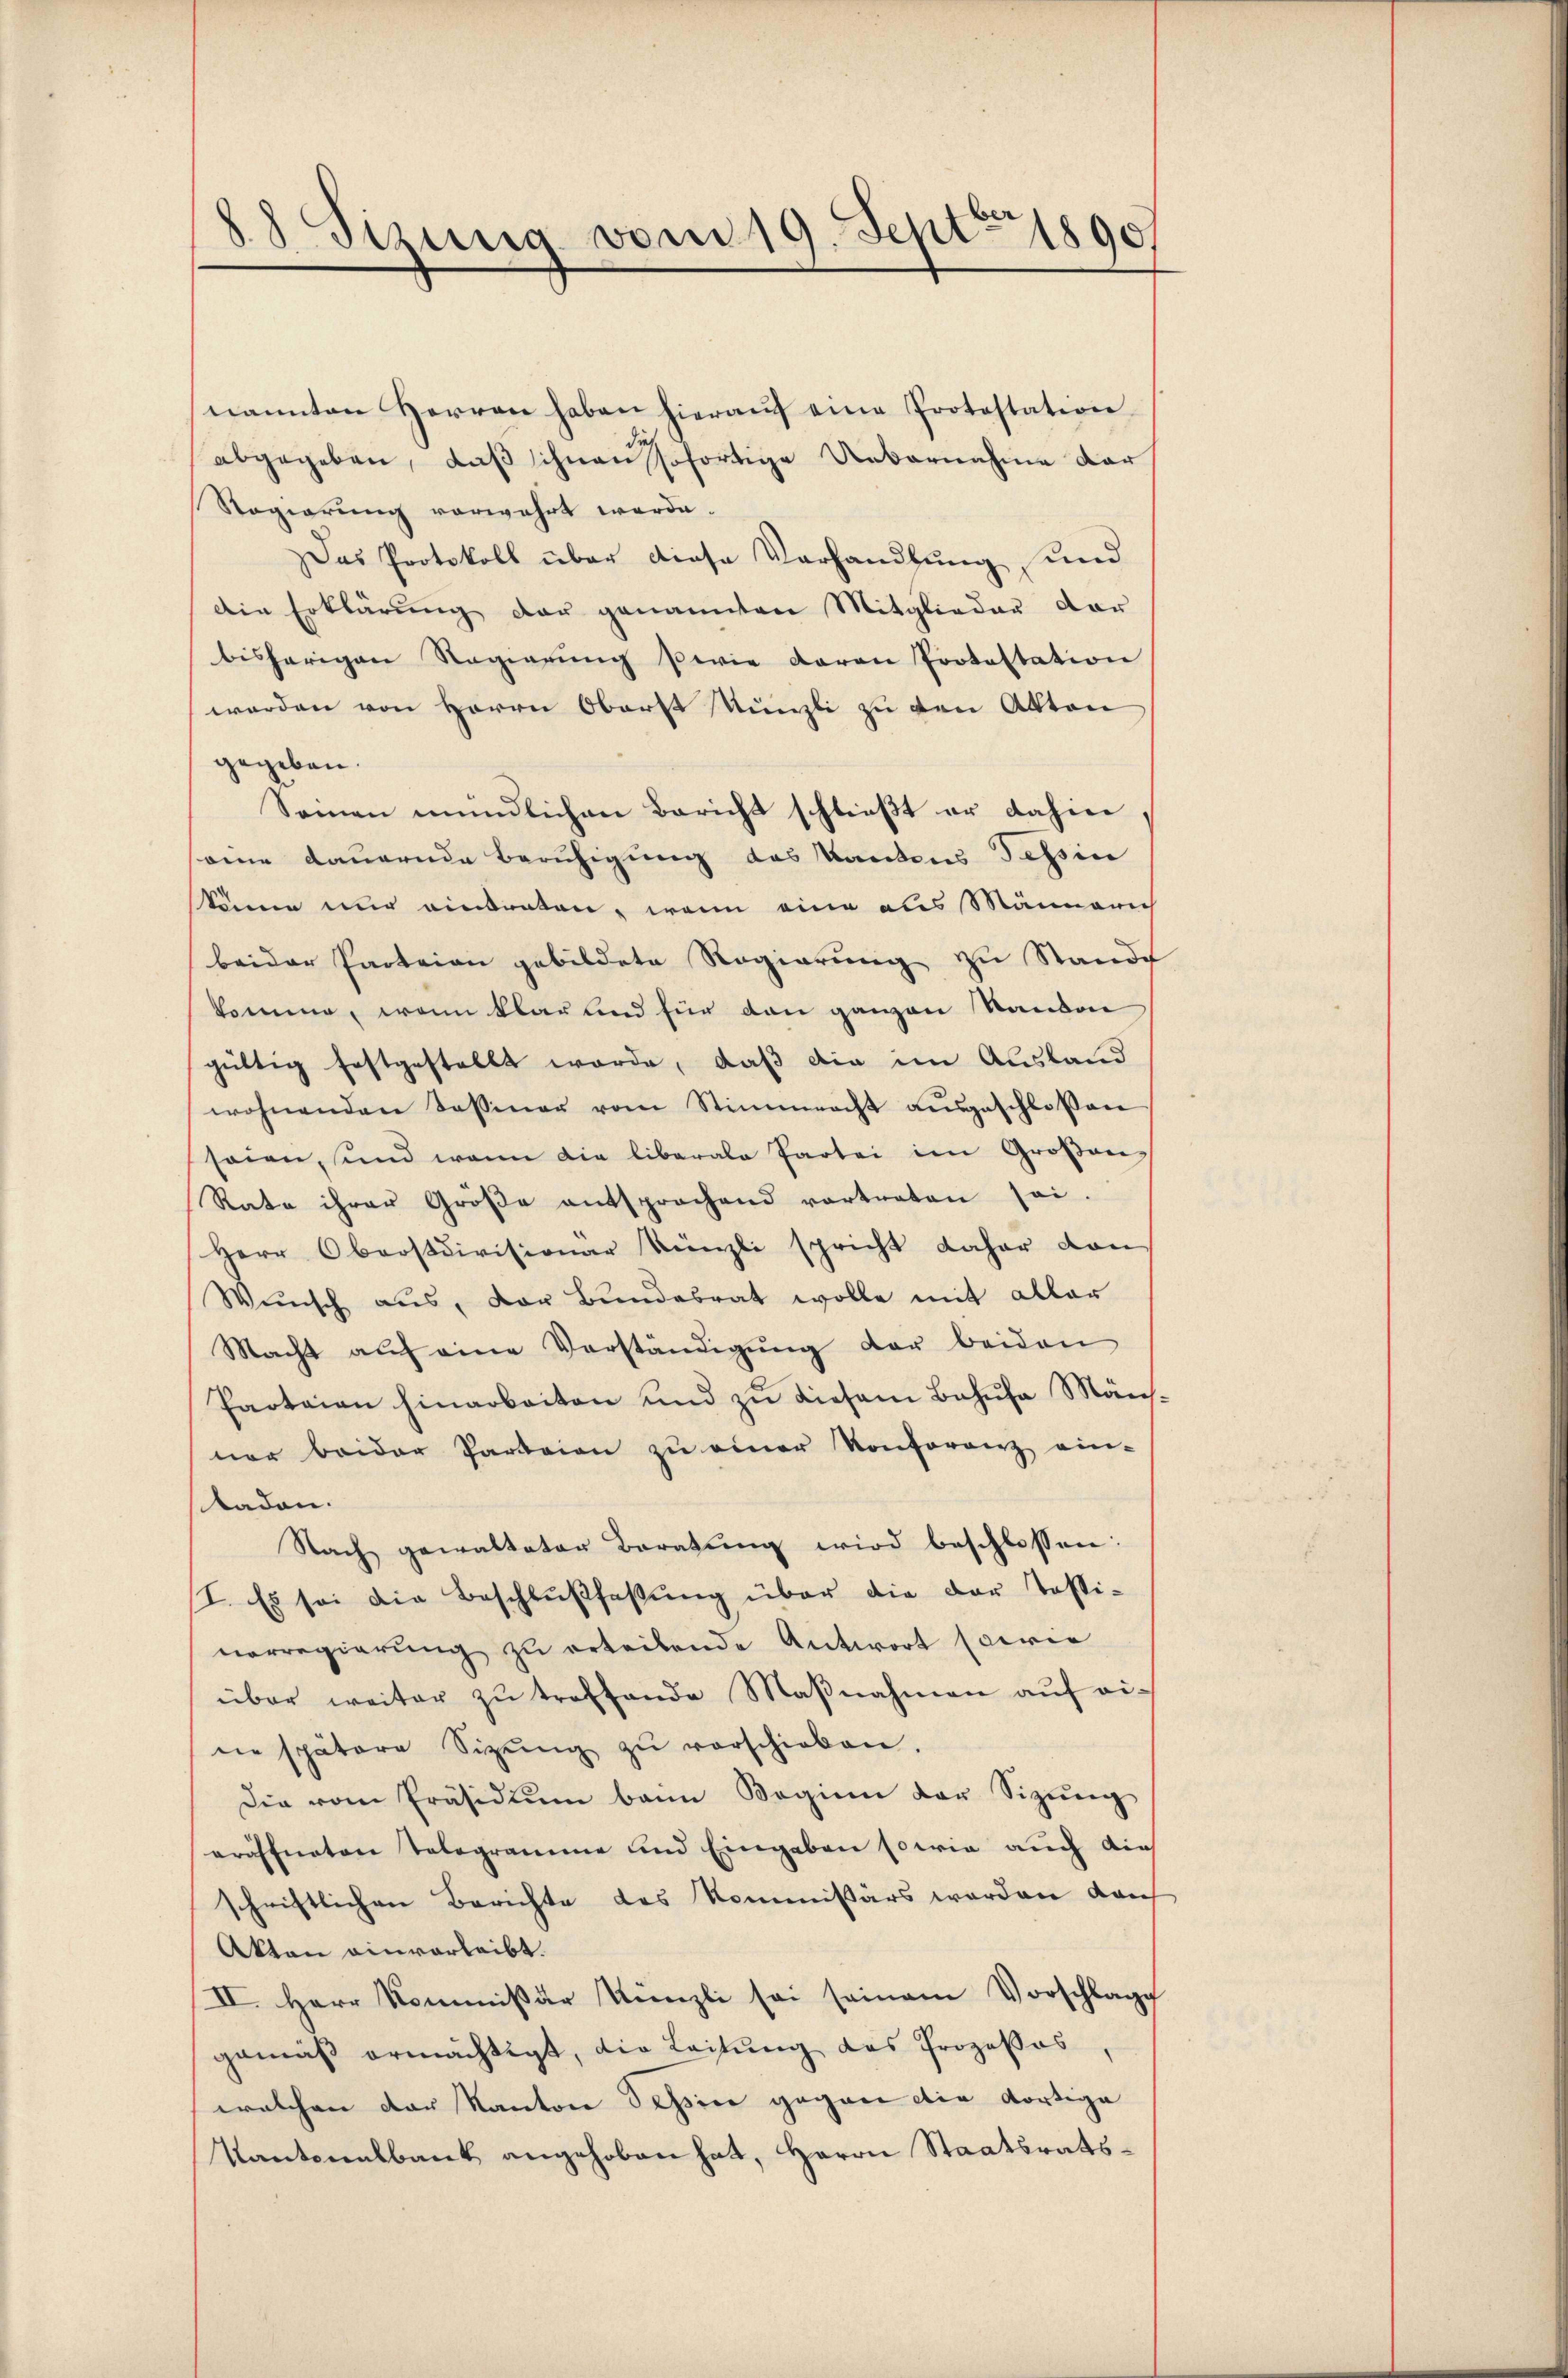
88 Sizung vom 19. Sept 1890

nannten Herren haben hieraŭf eine Protestation
abgegeben, daß schnanssofortige Uebernahme dar
Vogierung vorwahrt werde.
Das Protokoll über diese Vorhandlung und
Die Erklärung der genannten Mitglieder dar
bisherigen Regierŭng sowie daran Protestation
werden von Herrn Oberst Künzli zu den Akten
gegeben.
Seinen mündlichen Bericht schließt er dahin
eine dauernde Beruhigung des Kantons Tessin
skäme nur eintreten, wenn eine aus Männerich
beider Parteien gebildete Regierung zu Stande
komme, wenn klar und für den ganzen Standon
gültig festgestellt werde, daß die im Ausland
wohnenden Tessiner vom Stimmrecht aŭsgeschlossen
seien, und wenn die liberale Partei im Großen
Rate ihrer Größe entsprochend vortreten sei.
Herr Oberstdivisionar Künzli spricht daher von
Wünsch aus, der Bŭndesrat wolle mit aller
Macht aŭf eine Verständigŭng der beiden
Paotaian hinarbeiten und zŭ diesem Bahnfa Män
ner beider Parteien zu einer Konferenz ein-
taden.
Nach gewalteten Beratung wird beschlossen:
I. Es sei die Beschlußfassung über die der Tassi-
norregierung zu erteilende Antwort sowie
über weiter zŭ treffende Maβnahmen aŭf ei-
ne spätere Sizŭng zŭ verschieben.
Die vom Präsidiŭm beim Beginn der Sizŭng
eröffneten Tologramme und Eingaben sowie auch dies
schriftlichen Berichte des Kommissärs werden dan
Akten einverleibt.
II. Herr Kommissär Künzli sei seinem Vorschlage
gemäß ermächtigt, die Leitung das Prozesses
welchen der Kanton Tessine gegen die dortige
Kantonalbank angehoben hat, Herrn Staatsrats¬